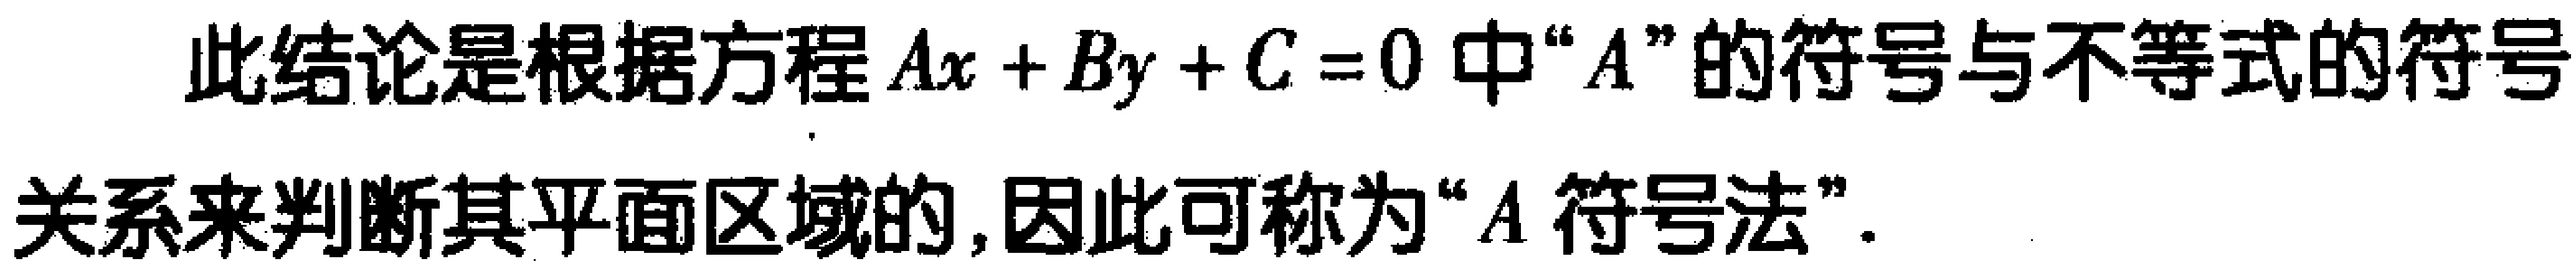
此结论是根据方程\(Ax + By + C = 0\)中“\(A\)”的符号与不等式的符号关系来判断其平面区域的,因此可称为“\(A\)符号法”.